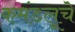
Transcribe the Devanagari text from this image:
कमंडलूचे